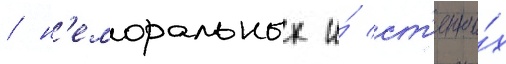
/ н'еморальных и́ ст'епны́х